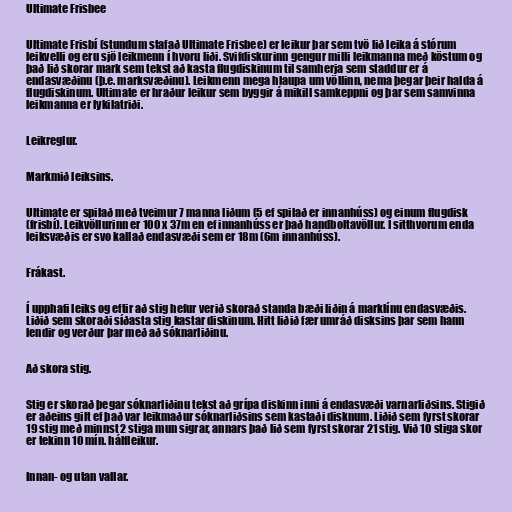
Ultimate Frisbee

Ultimate Frisbí (stundum stafað Ultimate Frisbee) er leikur þar sem tvö lið leika á stórum
leikvelli og eru sjö leikmenn í hvoru liði. Svifdiskurinn gengur milli leikmanna með köstum og
það lið skorar mark sem tekst að kasta flugdiskinum til samherja sem staddur er á
endasvæðinu (þ.e. marksvæðinu). Leikmenn mega hlaupa um völlinn, nema þegar þeir halda á
flugdiskinum. Ultimate er hraður leikur sem byggir á mikill samkeppni og þar sem samvinna
leikmanna er lykilatriði.

Leikreglur.

Markmið leiksins.

Ultimate er spilað með tveimur 7 manna liðum (5 ef spilað er innanhúss) og einum flugdisk
(frisbí). Leikvöllurinn er 100 x 37m en ef innanhúss er það handboltavöllur. Í sitthvorum enda
leiksvæðis er svo kallað endasvæði sem er 18m (6m innanhúss).

Frákast.

Í upphafi leiks og eftir að stig hefur verið skorað standa bæði liðin á marklínu endasvæðis.
Liðið sem skoraði síðasta stig kastar diskinum. Hitt liðið fær umráð disksins þar sem hann
lendir og verður þar með að sóknarliðinu.

Að skora stig.

Stig er skorað þegar sóknarliðinu tekst að grípa diskinn inni á endasvæði varnarliðsins. Stigið
er aðeins gilt ef það var leikmaður sóknarliðsins sem kastaði disknum. Liðið sem fyrst skorar
19 stig með minnst 2 stiga mun sigrar, annars það lið sem fyrst skorar 21 stig. Við 10 stiga skor
er tekinn 10 mín. hálfleikur.

Innan- og utan vallar.